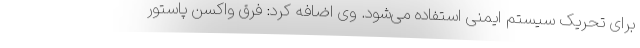
برای تحریک سیستم ایمنی استفاده می‌شود. وی اضافه کرد: فرق واکسن پاستور